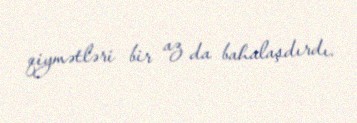
qiymətləri bir az da bahalaşdırdı.